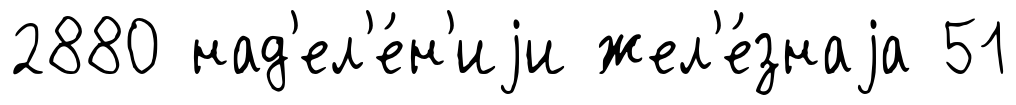
2880 над'ел'е́н'иjи жел'е́знаjа 51